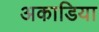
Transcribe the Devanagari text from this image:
अकाडिया